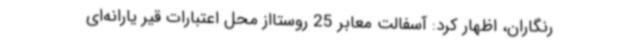
رنگاران، اظهار کرد: آسفالت معابر 25 روستااز محل اعتبارات قیر یارانه‌ای